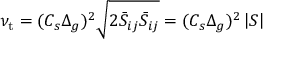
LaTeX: \nu _ { \mathrm { t } } = ( C _ { s } \Delta _ { g } ) ^ { 2 } { \sqrt { 2 { \bar { S } } _ { i j } { \bar { S } } _ { i j } } } = ( C _ { s } \Delta _ { g } ) ^ { 2 } \left| S \right|